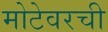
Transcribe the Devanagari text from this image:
मोटेवरची